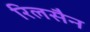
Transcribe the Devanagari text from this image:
रिलसैन